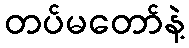
တပ်မတော်နဲ့